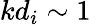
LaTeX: kd_{i}\sim 1